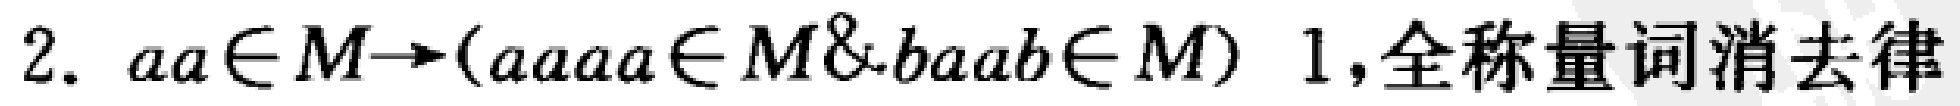
2. $aa\in M\rightarrow(aaaa\in M\&baab\in M)\ 1,\text{全称量词消去律}$